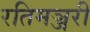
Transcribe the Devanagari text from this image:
रतिमञ्जरी